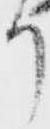
り